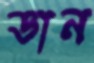
ডান